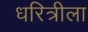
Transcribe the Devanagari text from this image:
धरित्रीला